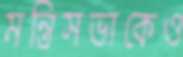
মন্ত্রিসভাকেও